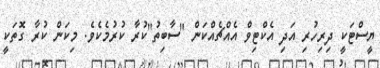
ޔީސްޓަކީ ދިރިހުރި އަދި އެކްޓިވް އެއްޗެއްކަން "ސާބިތު"ކުރާ ކުރުމެކެވެ. މިކަން ކުރާ ގޮތަކީ